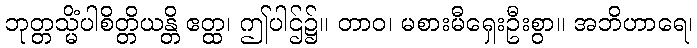
ဘုတ္တသ္မိံပါစိတ္တိယန္တိ ဧတ္ထ၊ ဤပါဌ်၌။ တာဝ၊ မစားမီရှေးဦးစွာ။ အဘိဟာရေ၊